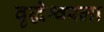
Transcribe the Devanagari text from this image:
वृद्धेश्वरला